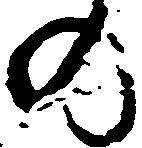
の